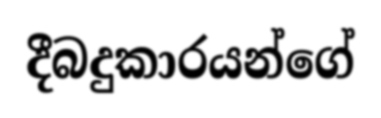
දීබදුකාරයන්ගේ